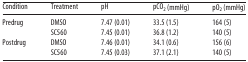
<table><thead><tr><td><b>Condition</b></td><td><b>Treatment</b></td><td><b>pH</b></td><td><b>pCO<sub>2</sub> (mmHg)</b></td><td><b>pO<sub>2</sub> (mmHg)</b></td></tr></thead><tbody><tr><td rowspan="2">Predrug</td><td>DMSO</td><td>7.47 (0.01)</td><td>33.5 (1.5)</td><td>164 (5)</td></tr><tr><td>SC560</td><td>7.45 (0.01)</td><td>36.8 (1.2)</td><td>140 (5)</td></tr><tr><td rowspan="2">Postdrug</td><td>DMSO</td><td>7.46 (0.01)</td><td>34.1 (0.6)</td><td>156 (6)</td></tr><tr><td>SC560</td><td>7.45 (0.03)</td><td>37.1 (2.1)</td><td>140 (5)</td></tr></tbody></table>